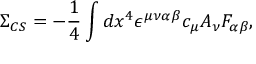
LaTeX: \Sigma _ { C S } = - \frac { 1 } { 4 } \int d x ^ { 4 } \epsilon ^ { \mu \nu \alpha \beta } c _ { \mu } A _ { \nu } F _ { \alpha \beta } ,